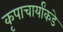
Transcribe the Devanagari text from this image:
कृपाचार्यांकडे